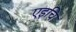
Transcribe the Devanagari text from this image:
एइचि